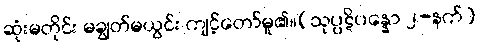
ဆုံးမတိုင်း မချွတ်မယွင်း ကျင့်တော်မူ၏။(သုပ္ပဋိပန္နော ၂-နက်)